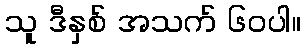
သူ ဒီနှစ် အသက် ၆၀ပါ။